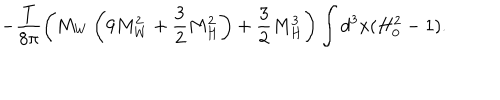
- \frac { T } { 8 \pi } \left( M _ { W } \left( 9 M _ { W } ^ { 2 } + \frac { 3 } { 2 } M _ { H } ^ { 2 } \right) + \frac { 3 } { 2 } M _ { H } ^ { 3 } \right) \int d ^ { 3 } x ( H _ { 0 } ^ { 2 } - 1 ) .